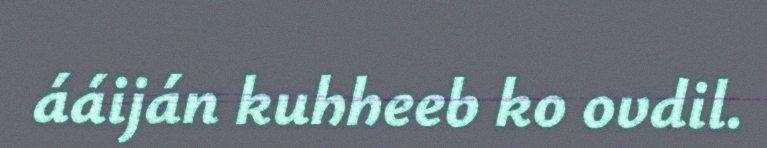
ááiján kuhheeb ko ovdil.